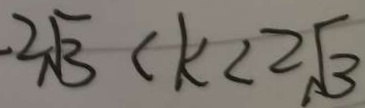
2 \sqrt { 3 } < k < 2 \sqrt { 3 }